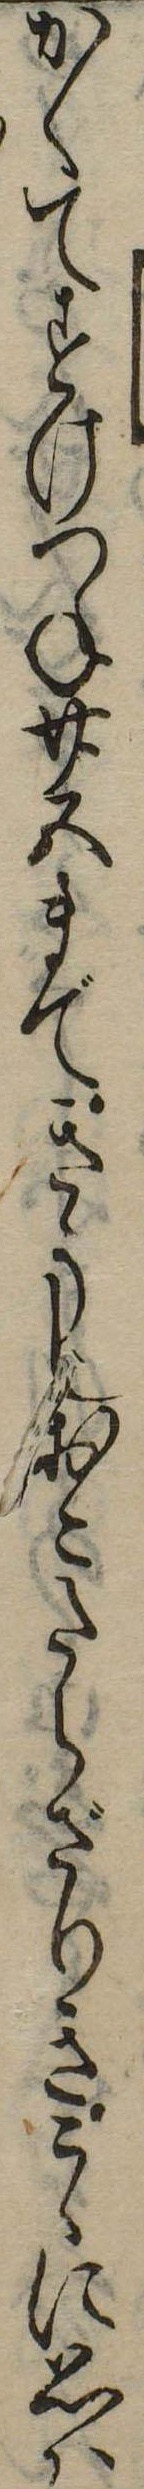
かくてすけつね廿五まできうしおこたらざりきこゝに思は